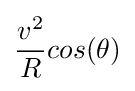
{\frac {v^{2}}{R}}cos(\theta )